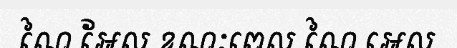
ណៃ អែល ខណៈពេល ណៃ អេល